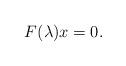
LaTeX: \begin{align*}F(\lambda) x = 0.\end{align*}